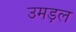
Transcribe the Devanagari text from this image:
उमड़ल